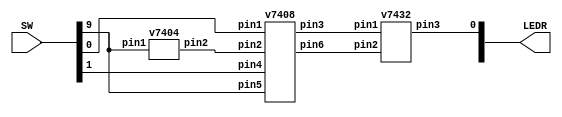
module part2(SW, LEDR);
	input [9:0] SW;
	output [9:0] LEDR;
	wire x, x1, y, y1, s, s1, f;
	assign x = SW[0];
	assign y = SW[1];
	assign s = SW[9];
	assign LEDR[0] = f;
	v7404 u0(
		.pin1(s),
		.pin2(s1)
	);
	v7408 u1(
		.pin1(x),
		.pin2(s1),
		.pin3(x1),
		.pin4(y),
		.pin5(s),
		.pin6(y1)
	);
	v7432 u2(
		.pin1(x1),
		.pin2(y1),
		.pin3(f)
	);
endmodule

module v7404 (pin1, pin3, pin5, pin9, pin11, pin13, pin2, pin4, pin6, pin8, pin10, pin12);
	input pin1, pin3, pin5, pin9, pin11, pin13;
	output pin2, pin4, pin6, pin8, pin10, pin12;
	assign pin2 = ~pin1;
	assign pin4 = ~pin3;
	assign pin6 = ~pin5;
	assign pin8 = ~pin9;
	assign pin10 = ~pin11;
	assign pin12 = ~pin13;
endmodule

module v7408 (pin1, pin3, pin5, pin9, pin11, pin13, pin2, pin4, pin6, pin8, pin10, pin12);
	input pin1, pin2, pin4, pin5, pin9, pin10, pin12, pin13;
	output pin3, pin6, pin8, pin11;
	assign pin3 = pin1 & pin2;
	assign pin6 = pin4 & pin5;
	assign pin8 = pin10 & pin9;
	assign pin11 = pin12 & pin13;
endmodule

module v7432 (pin1, pin3, pin5, pin9, pin11, pin13, pin2, pin4, pin6, pin8, pin10, pin12);
	input pin1, pin2, pin4, pin5, pin9, pin10, pin12, pin13;
	output pin3, pin6, pin8, pin11;
	assign pin3 = pin1 | pin2;
	assign pin6 = pin4 | pin5;
	assign pin8 = pin10 | pin9;
	assign pin11 = pin12 | pin13;
endmodule

module mux2to1(x, y, s, m);
	input x, y, s;
	output m;
	// assign m = (~s&x) | (s&y);
	
	wire notS;
	wire notSandX;
	wire SandY;
	
	v7404 not1 (
		.pin1(s),
		.pin2(notS)
	);
	
	v7408 and1 (
		.pin1(notS),
		.pin2(x),
		.pin3(notSandX),
		.pin4(y),
		.pin5(s),
		.pin6(SandY)
	);
	
	v7432 or1 (
		.pin1(SandY),
		.pin2(notSandX),
		.pin3(m)
	);
	
endmodule